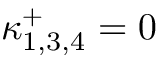
\kappa _ { 1 , 3 , 4 } ^ { + } = 0